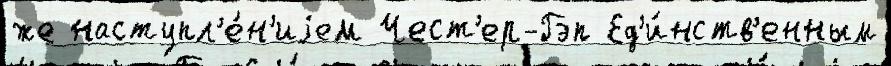
же наступл'е́н'иjем Чест'ер-Гэп Ед'и́нств'енным